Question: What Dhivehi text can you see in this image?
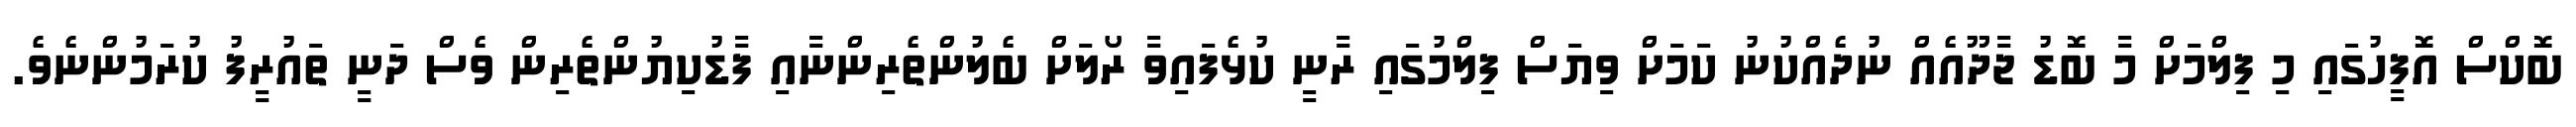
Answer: ބޮކްސް އޮފީހުގައި މި ފިލްމަށް މާ ބޮޑު ޖާދޫއެއް ނުދެއްކުނު ކަމަށް ވިޔަސް ފިލްމުގައި ރާނީ ކުޅެފައިވާ ރޯލަށް ބެލުންތެރިންނާއި ފާޑުކިޔުންތެރިން ވެސް ދަނީ ތައުރީފު ކުރަމުންނެވެ.